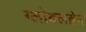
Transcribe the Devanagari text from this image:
ग्लोबलब्रेन